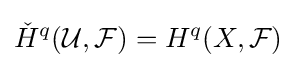
{\check {H}}^{q}({\mathcal {U}},{\mathcal {F}})=H^{q}(X,{\mathcal {F}})